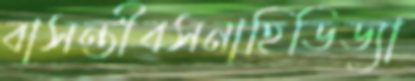
বাসন্তীবসনাহিডিড্যা